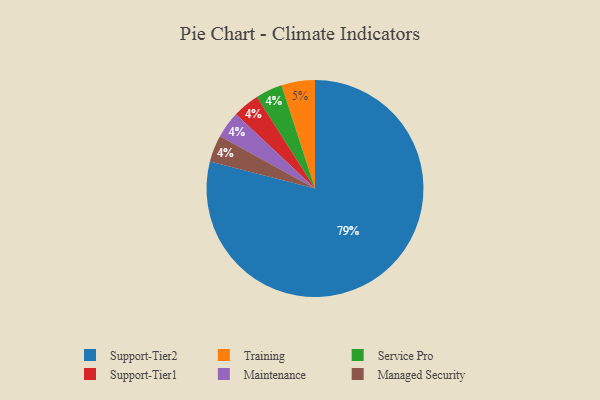
{"axis": {"x": "Category", "y": "Percentage"}, "legend": ["Maintenance", "Managed Security", "Service Pro", "Support-Tier1", "Support-Tier2", "Training"], "data": [{"x": "Service Pro", "y": 4, "type": "Service Pro"}, {"x": "Support-Tier1", "y": 4, "type": "Support-Tier1"}, {"x": "Maintenance", "y": 4, "type": "Maintenance"}, {"x": "Support-Tier2", "y": 79, "type": "Support-Tier2"}, {"x": "Managed Security", "y": 4, "type": "Managed Security"}, {"x": "Training", "y": 5, "type": "Training"}]}